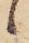
候